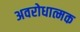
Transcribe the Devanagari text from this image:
अवरोधात्मक